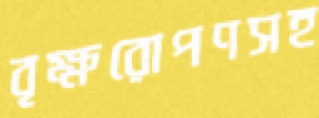
বৃক্ষরোপণসহ